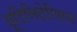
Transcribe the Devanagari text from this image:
यूटिलिटेरियन